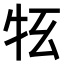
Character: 𤘳